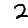
Digit: 2